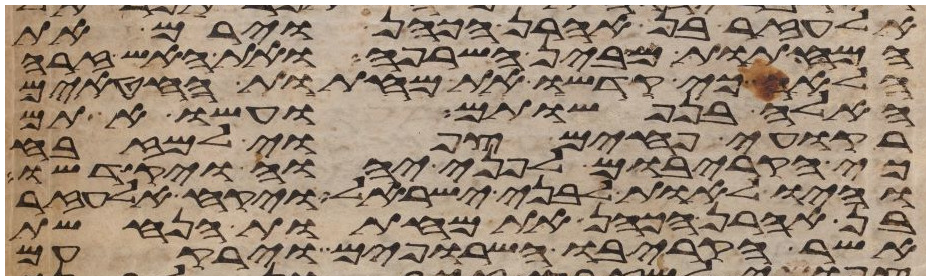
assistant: אלעזר בן אהרן הכהן וירם את
המחתות מבין השרפה ואת האש זרה
הלאה כי קדשו את מחתות החטאים
האלה בנפשותם ועשו אתם
רקועי פחים צפואי למזבח
כי הקריבום לפני יהוה ויקדשו
והיו לאות לבני ישראל ויקח אלעזר
בן אהרן הכהן את מחתות הנחשת
אשר הקריבו השרופים וירקעום